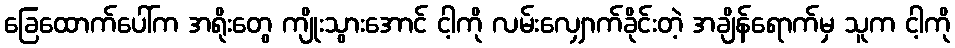
ခြေထောက်ပေါ်က အရိုးတွေ ကျိုးသွားအောင် ငါ့ကို လမ်းလျှောက်ခိုင်းတဲ့ အချိန်ရောက်မှ သူက ငါ့ကို